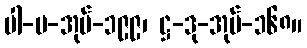
ပါ-ပ-အုပ်-၁၉၉၊ ဋ္ဌ-ဒု-အုပ်-၁၆၈။